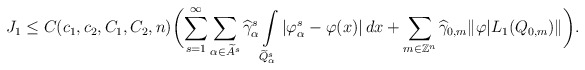
\begin{align*}J_{1} \le C(c_{1},c_{2},C_{1},C_{2},n) \biggl(\sum\limits_{s=1}^{\infty}\sum\limits_{\alpha \in \widetilde{A}^{s}} \widehat{\gamma}^{s}_{\alpha}\int\limits_{\widetilde{Q}^{s}_{\alpha}}|\varphi^{s}_{\alpha}-\varphi(x)|\,dx + \sum\limits_{m \in \mathbb{Z}^{n}} \widehat{\gamma}_{0,m}\|\varphi|L_{1}(Q_{0,m})\|\biggr).\end{align*}